Annual report on the mental hospital in the Central Provinces and Berar (Nagpur) - 1927-1951
Year: 1927
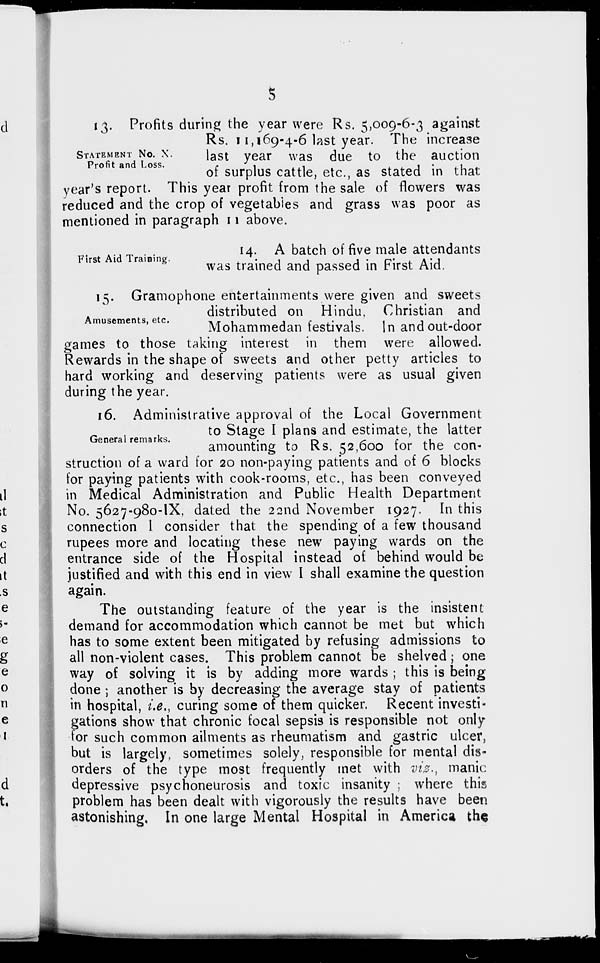
5
STATEMENT NO. X.
Profit and Loss.
13. Profits during the year were Rs. 5,009-6-3 against
Rs. 11,169-4-6 last year. The increase
last year was due to the auction
of surplus cattle, etc., as stated in that
year's report. This year profit from the sale of flowers was
reduced and the crop of vegetables and grass was poor as
mentioned in paragraph 11 above.
First Aid Training.
14. A batch of five male attendants
was trained and passed in First Aid.
Amusements, etc.
15. Gramophone entertainments were given and sweets
distributed on Hindu, Christian and
Mohammedan festivals. In and out-door
games to those taking interest in them were allowed.
Rewards in the shape of sweets and other petty articles to
hard working and deserving patients were as usual given
during the year.
General remarks.
16. Administrative approval of the Local Government
to Stage I plans and estimate, the latter
amounting to Rs. 52,600 for the con-
struction of a ward for 20 non-paying patients and of 6 blocks
for paying patients with cook-rooms, etc., has been conveyed
in Medical Administration and Public Health Department
No. 5627-980-IX, dated the 22nd November 1927. In this
connection I consider that the spending of a few thousand
rupees more and locating these new paying wards on the
entrance side of the Hospital instead of behind would be
justified and with this end in view I shall examine the question
again.
The outstanding feature of the year is the insistent
demand for accommodation which cannot be met but which
has to some extent been mitigated by refusing admissions to
all non-violent cases. This problem cannot be shelved; one
way of solving it is by adding more wards ; this is being
done ; another is by decreasing the average stay of patients
in hospital, i.e., curing some of them quicker. Recent investi-
gations show that chronic focal sepsis is responsible not only
for such common ailments as rheumatism and gastric ulcer,
but is largely, sometimes solely, responsible for mental dis-
orders of the type most frequently met with viz., manic
depressive psychoneurosis and toxic insanity ; where this
problem has been dealt with vigorously the results have been
astonishing. In one large Mental Hospital in America the